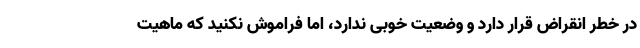
در خطر انقراض قرار دارد و وضعیت خوبی ندارد، اما فراموش نکنید که ماهیت